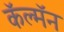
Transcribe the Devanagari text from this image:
कॅल्मॅन